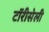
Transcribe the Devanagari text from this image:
टॉरीसेली